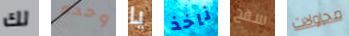
لك وحده يا ناخذ سفح محاولات